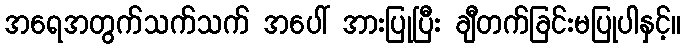
အရေအတွက်သက်သက် အပေါ် အားပြုပြီး ချီတက်ခြင်းမပြုပါနှင့်။